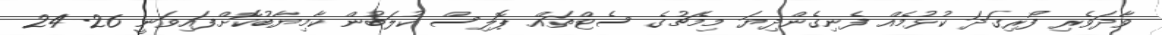
ވާދަވެރި ފޯރިގަދަ ކުޅުމެއް ފެނިގެންދިޔަ މިމެޗުގެ ސެޓްތައް ޕޮލިސް ކުލަބުން ކާމިޔާބުކޮށްފައިވަނީ 26-24